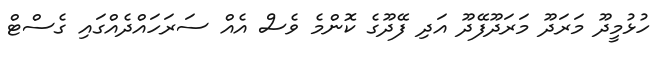
ހުޅުމީދޫ މަރަދޫ މަރަދޫފޭދޫ އަދި ފޭދޫގެ ކޮންމެ ވެސް އެއް ސަރަހައްދެއްގައި ގެސްޓް